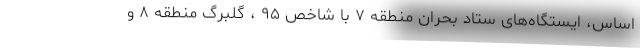
اساس، ایستگاه‌های ستاد بحران منطقه ۷ با شاخص ۹۵ ، گلبرگ منطقه ۸ و